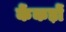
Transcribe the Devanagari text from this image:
केंकड़ों